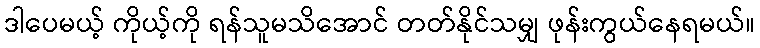
ဒါပေမယ့် ကိုယ့်ကို ရန်သူမသိအောင် တတ်နိုင်သမျှ ဖုန်းကွယ်နေရမယ်။